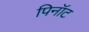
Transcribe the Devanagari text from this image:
पिनॉट